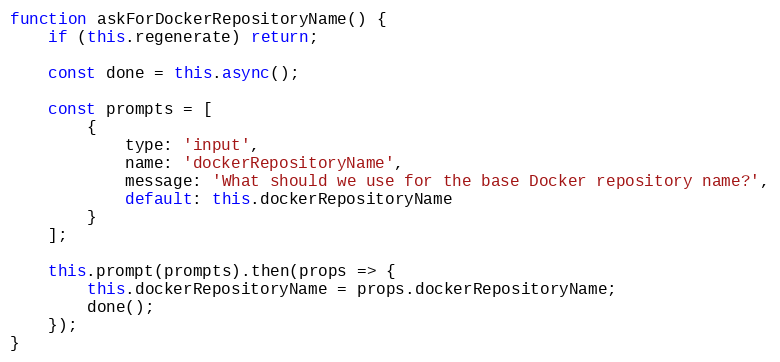
Language: JavaScript
function askForDockerRepositoryName() {
    if (this.regenerate) return;

    const done = this.async();

    const prompts = [
        {
            type: 'input',
            name: 'dockerRepositoryName',
            message: 'What should we use for the base Docker repository name?',
            default: this.dockerRepositoryName
        }
    ];

    this.prompt(prompts).then(props => {
        this.dockerRepositoryName = props.dockerRepositoryName;
        done();
    });
}